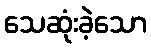
သေဆုံးခဲ့သော